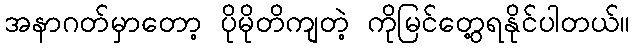
အနာဂတ်မှာတော့ ပိုမိုတိကျတဲ့ ကိုမြင်တွေ့ရနိုင်ပါတယ်။